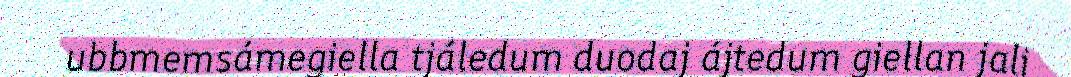
ubbmemsámegiella tjáledum duodaj ájtedum giellan jali